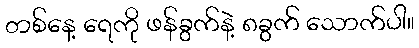
တစ်နေ့ ရေကို ဖန်ခွက်နဲ့ ၈ခွက် သောက်ပါ။